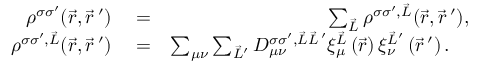
\begin{array} { r l r } { \rho ^ { \sigma \sigma ^ { \prime } } ( \vec { r } , \vec { r } \, ^ { \prime } ) } & { { } = } & { \sum _ { \vec { L } } \rho ^ { \sigma \sigma ^ { \prime } , \vec { L } } ( \vec { r } , \vec { r } \, ^ { \prime } ) , } \\ { \rho ^ { \sigma \sigma ^ { \prime } , \vec { L } } ( \vec { r } , \vec { r } \, ^ { \prime } ) } & { { } = } & { \sum _ { \mu \nu } \sum _ { \vec { L } ^ { \prime } } D _ { \mu \nu } ^ { \sigma \sigma ^ { \prime } , \vec { L } \vec { L } \, ^ { \prime } } \xi _ { \mu } ^ { \vec { L } } \left( \vec { r } \right) \xi _ { \nu } ^ { \vec { L } ^ { \prime } } \left( \vec { r } \, ^ { \prime } \right) . \quad } \end{array}